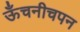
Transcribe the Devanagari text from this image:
ऊँचनीचपन